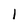
Character: I